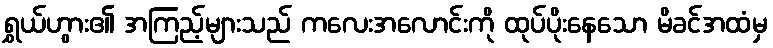
ရွှယ်ဟွား၏ အကြည့်များသည် ကလေးအလောင်းကို ထုပ်ပိုးနေသော မိခင်အထံမှ